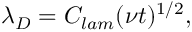
\lambda _ { D } = C _ { l a m } ( \nu t ) ^ { 1 / 2 } ,